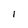
Character: 1